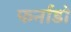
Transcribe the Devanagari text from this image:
फर्नाडो